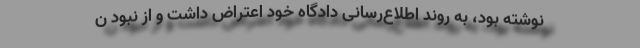
نوشته بود، به روند اطلاع‌رسانی دادگاه خود اعتراض داشت و از نبود ن